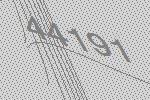
44191